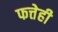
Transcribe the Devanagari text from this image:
फत्तेही